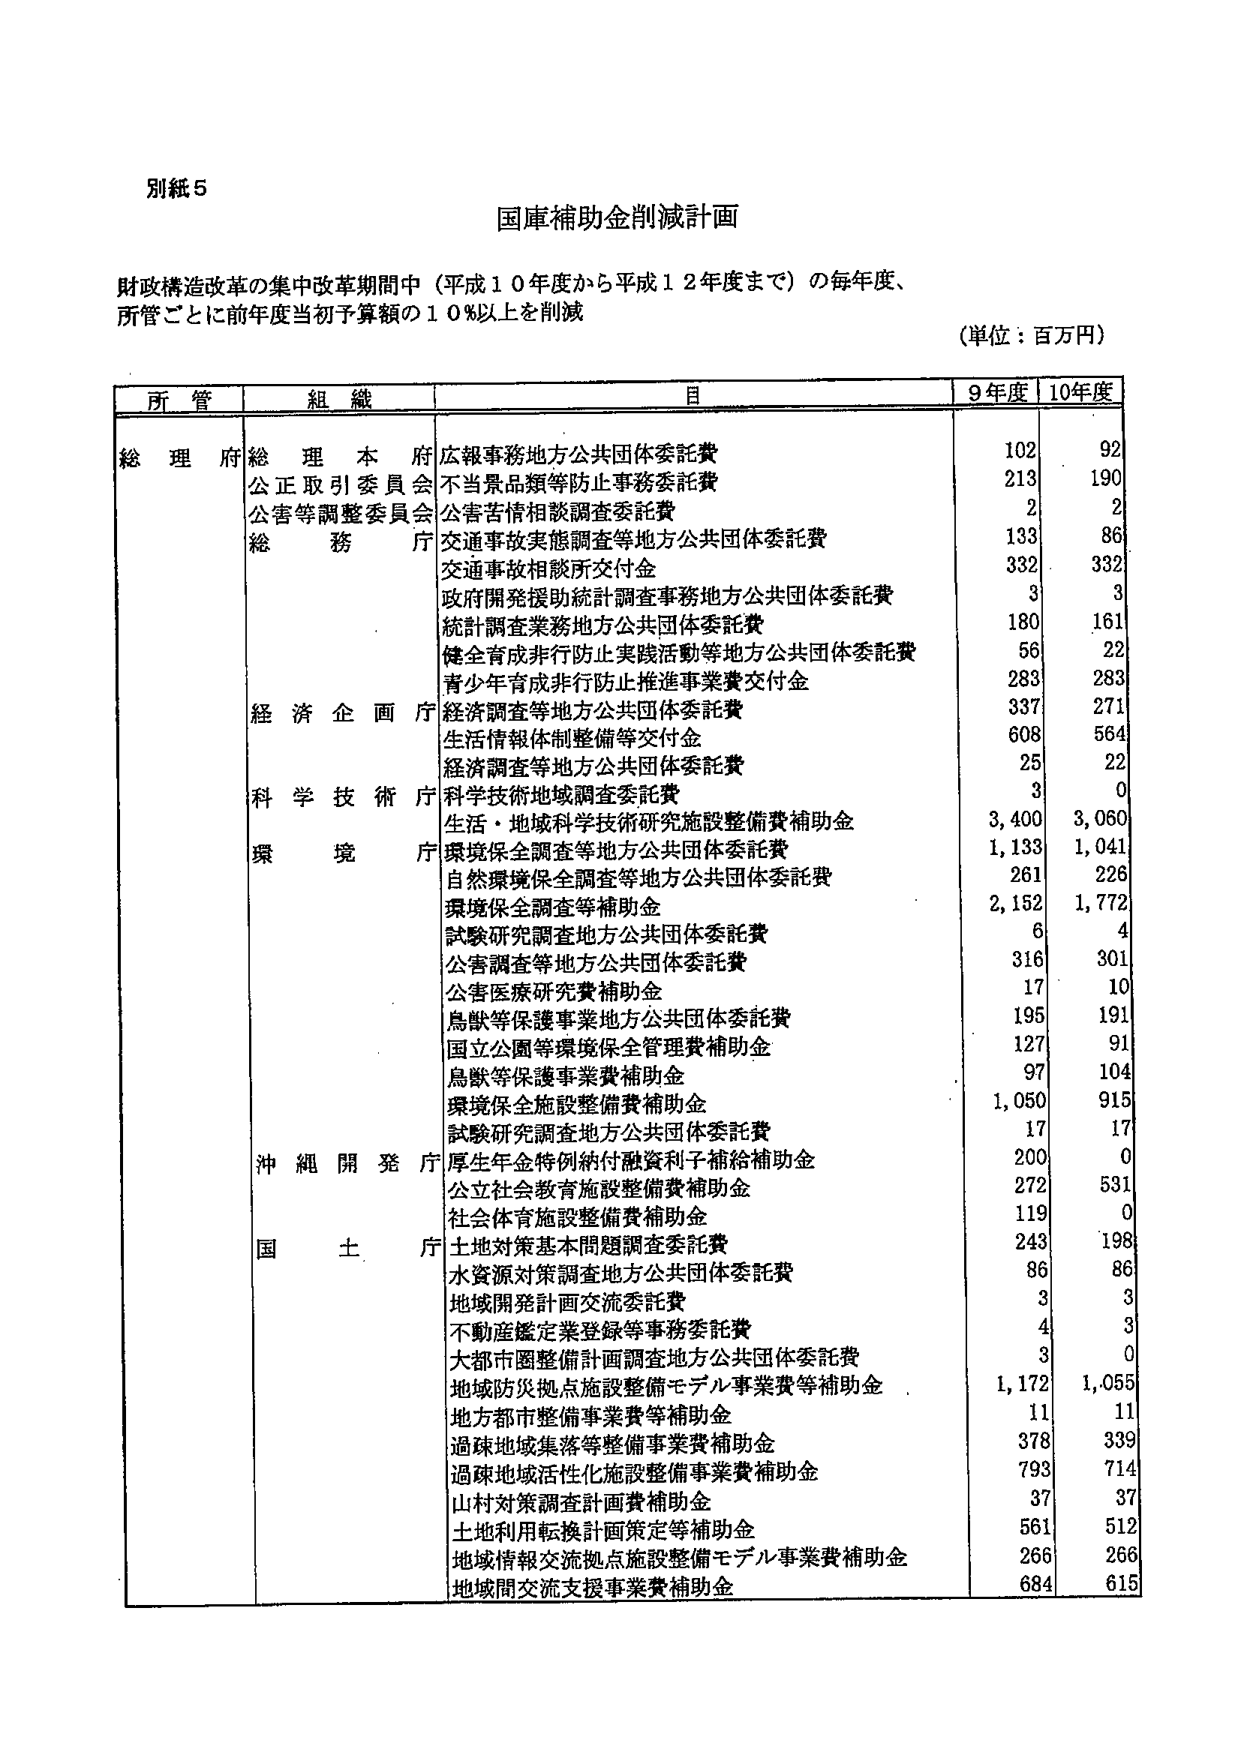
別紙５

国庫補助金削減計画

財政構造改革の集中改革期間中（平成１０年度から平成１２年度まで）の毎年度、
所管ごとに前年度当初予算額の１０％以上を削減

（単位：百万円）

所管　　組織　　　　　　　　　　　　　　　　　　目　　　　　　　　　　　　９年度　　１０年度

総理府　総理本府　　　　　　　広報事務地方公共団体委託費　　　　　　　　102　　　92
　　　　公正取引委員会　　　　　不当景品類等防止事務委託費　　　　　　　　213　　　190
　　　　公害等調整委員会　　　　公害苦情相談調査委託費　　　　　　　　　　2　　　　2
　　　　総務庁　　　　　　　　　交通事故実態調査等地方公共団体委託費　　　133　　　86
　　　　　　　　　　　　　　　　交通事故相談所交付金　　　　　　　　　　332　　　332
　　　　　　　　　　　　　　　　政府開発援助統計調査事務地方公共団体委託費　3　　　　3
　　　　　　　　　　　　　　　　統計調査業務地方公共団体委託費　　　　　　180　　　161
　　　　　　　　　　　　　　　　健全育成非行防止実践活動等地方公共団体委託費　56　　　22
　　　　　　　　　　　　　　　　青少年育成非行防止推進事業費交付金　　　　283　　　283
　　　　経済企画庁　　　　　　　経済調査等地方公共団体委託費　　　　　　337　　　271
　　　　　　　　　　　　　　　　生活情報体制整備等交付金　　　　　　　　608　　　564
　　　　　　　　　　　　　　　　経済調査等地方公共団体委託費　　　　　　25　　　22
　　　　科学技術庁　　　　　　　科学技術地域調査委託費　　　　　　　　　　3　　　　0
　　　　環境庁　　　　　　　　　生活・地域科学技術研究施設整備費補助金　　3,400　　3,060
　　　　　　　　　　　　　　　　環境保全調査等地方公共団体委託費　　　　1,133　　1,041
　　　　　　　　　　　　　　　　自然環境保全調査等地方公共団体委託費　　261　　　226
　　　　　　　　　　　　　　　　環境保全調査等補助金　　　　　　　　　　2,152　　1,772
　　　　　　　　　　　　　　　　試験研究調査地方公共団体委託費　　　　　6　　　　4
　　　　　　　　　　　　　　　　公害調査等地方公共団体委託費　　　　　　316　　　301
　　　　　　　　　　　　　　　　公害医療研究費補助金　　　　　　　　　　17　　　10
　　　　　　　　　　　　　　　　鳥獣等保護事業地方公共団体委託費　　　　195　　　191
　　　　　　　　　　　　　　　　国立公園等環境保全管理費補助金　　　　127　　　91
　　　　　　　　　　　　　　　　鳥獣等保護事業費補助金　　　　　　　　　97　　　104
　　　　　　　　　　　　　　　　環境保全施設整備費補助金　　　　　　　1,050　　915
　　　　　　　　　　　　　　　　試験研究調査地方公共団体委託費　　　　17　　　17
　　　　沖縄開発庁　　　　　　　厚生年金特例納付融資利子補給補助金　　　　200　　　0
　　　　　　　　　　　　　　　　公立社会教育施設整備費補助金　　　　　272　　　531
　　　　　　　　　　　　　　　　社会体育施設整備費補助金　　　　　　　119　　　0
　　　　国土庁　　　　　　　　　土地対策基本問題調査委託費　　　　　　　243　　　198
　　　　　　　　　　　　　　　　水資源対策調査地方公共団体委託費　　　86　　　86
　　　　　　　　　　　　　　　　地域開発計画交流委託費　　　　　　　　3　　　　3
　　　　　　　　　　　　　　　　不動産鑑定業登録等事務委託費　　　　　4　　　　3
　　　　　　　　　　　　　　　　大都市圏整備計画調査地方公共団体委託費　3　　　　0
　　　　　　　　　　　　　　　　地域防災拠点施設整備モデル事業費等補助金　1,172　　1,055
　　　　　　　　　　　　　　　　地方都市整備事業費等補助金　　　　　　11　　　11
　　　　　　　　　　　　　　　　過疎地域集落等整備事業費補助金　　　　378　　　339
　　　　　　　　　　　　　　　　過疎地域活性化施設整備事業費補助金　　793　　　714
　　　　　　　　　　　　　　　　山村対策調査計画費補助金　　　　　　　37　　　37
　　　　　　　　　　　　　　　　土地利用転換計画策定等補助金　　　　　561　　　512
　　　　　　　　　　　　　　　　地域情報交流拠点施設整備モデル事業費補助金　266　　266
　　　　　　　　　　　　　　　　地域間交流支援事業費補助金　　　　　　684　　　615